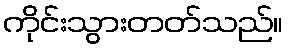
ကိုင်းသွားတတ်သည်။